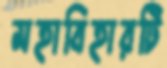
মহাবিহারটি